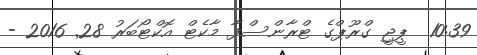
10:39  ޕީޖީ ގްރޫޕްގެ ޓްރާންސްފާ މާކެޓް އޮކްޓޯބަރު 28